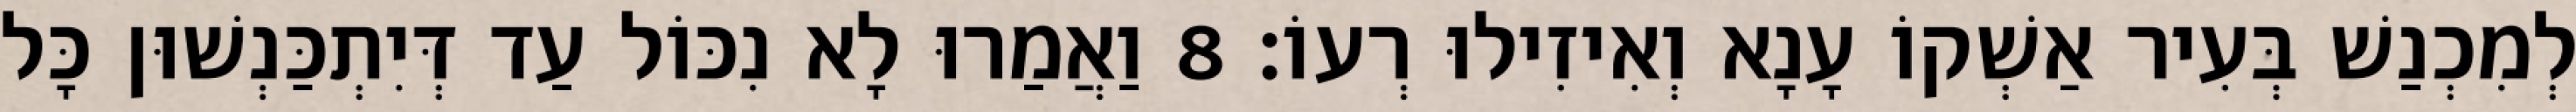
לְמִכְנַשׁ בְּעִיר אַשְׁקוֹ עָנָא וְאִיזִילוּ רְעוֹ׃ 8 וַאֲמַרוּ לָא נִכּוֹל עַד דְּיִתְכַּנְשׁוּן כָּל